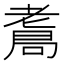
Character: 𦓁